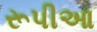
રૂપીઆ